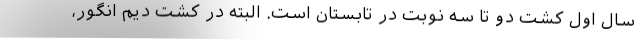
سال اول کشت دو تا سه نوبت در تابستان است. البته در کشت دیم انگور،